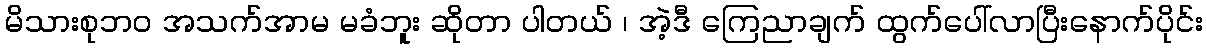
မိသားစုဘဝ အသက်အာမ မခံဘူး ဆိုတာ ပါတယ် ၊ အဲ့ဒီ ကြေညာချက် ထွက်ပေါ်လာပြီးနောက်ပိုင်း